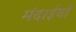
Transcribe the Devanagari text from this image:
मंदाईयों